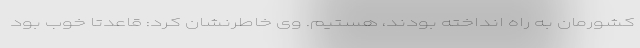
کشورمان به راه انداخته بودند، هستیم. وی خاطرنشان کرد: قاعدتا خوب بود